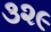
૩૨૯